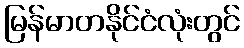
မြန်မာတနိုင်ငံလုံးတွင်